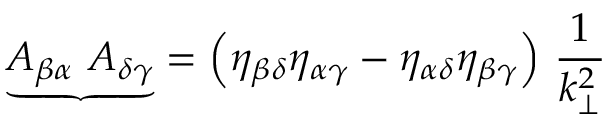
{ \underbrace { A _ { \beta \alpha } ~ A _ { \delta \gamma } } } = \left( \eta _ { \beta \delta } \eta _ { \alpha \gamma } - \eta _ { \alpha \delta } \eta _ { \beta \gamma } \right) \, \frac { 1 } { k _ { \bot } ^ { 2 } }